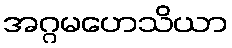
အဂ္ဂမဟေသိယာ